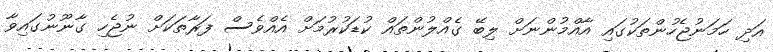
އަދި ހަމަނުޖެހުންތަކުގައި އާއްމުންނަށް ލިބޭ ގެއްލުންތައް ކުޑަކުރުމަށް އެއްވެސް ފަރާތަކަށް ނުޖެހި ގާނޫނުގައިވާ